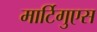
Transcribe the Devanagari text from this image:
मार्टिगुएस